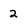
Character: 2